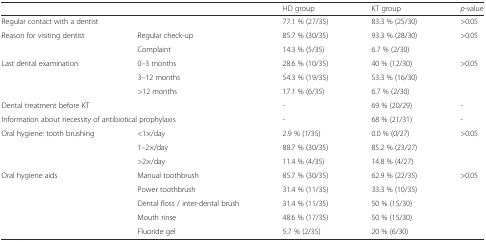
<table><thead><tr><td colspan="2"></td><td><b>HD group</b></td><td><b>KT group</b></td><td><b><i>p</i>-value</b></td></tr></thead><tbody><tr><td colspan="2">Regular contact with a dentist</td><td>77.1 % (27/35)</td><td>83.3 % (25/30)</td><td>&gt;0.05</td></tr><tr><td rowspan="2">Reason for visiting dentist</td><td>Regular check-up</td><td>85.7 % (30/35)</td><td>93.3 % (28/30)</td><td rowspan="2">&gt;0.05</td></tr><tr><td>Complaint</td><td>14.3 % (5/35)</td><td>6.7 % (2/30)</td></tr><tr><td rowspan="3">Last dental examination</td><td>0–3 months</td><td>28.6 % (10/35)</td><td>40 % (12/30)</td><td rowspan="3">&gt;0.05</td></tr><tr><td>3–12 months</td><td>54.3 % (19/35)</td><td>53.3 % (16/30)</td></tr><tr><td>&gt;12 months</td><td>17.1 % (6/35)</td><td>6.7 % (2/30)</td></tr><tr><td colspan="2">Dental treatment before KT</td><td>-</td><td>69 % (20/29)</td><td>-</td></tr><tr><td colspan="2">Information about necessity of antibiotical prophylaxis</td><td>-</td><td>68 % (21/31)</td><td>-</td></tr><tr><td rowspan="3">Oral hygiene: tooth brushing</td><td>&lt;1×/day</td><td>2.9 % (1/35)</td><td>0.0 % (0/27)</td><td rowspan="3">&gt;0.05</td></tr><tr><td>1–2×/day</td><td>88.7 % (30/35)</td><td>85.2 % (23/27)</td></tr><tr><td>&gt;2×/day</td><td>11.4 % (4/35)</td><td>14.8 % (4/27)</td></tr><tr><td rowspan="5">Oral hygiene aids</td><td>Manual toothbrush</td><td>85.7 % (30/35)</td><td>62.9 % (22/35)</td><td rowspan="5">&gt;0.05</td></tr><tr><td>Power toothbrush</td><td>31.4 % (11/35)</td><td>33.3 % (10/35)</td></tr><tr><td>Dental floss / inter-dental brush</td><td>31.4 % (11/35)</td><td>50 % (15/30)</td></tr><tr><td>Mouth rinse</td><td>48.6 % (17/35)</td><td>50 % (15/30)</td></tr><tr><td>Fluoride gel</td><td>5.7 % (2/35)</td><td>20 % (6/30)</td></tr></tbody></table>